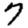
Digit: 7